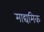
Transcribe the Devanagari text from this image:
माद्यमिक